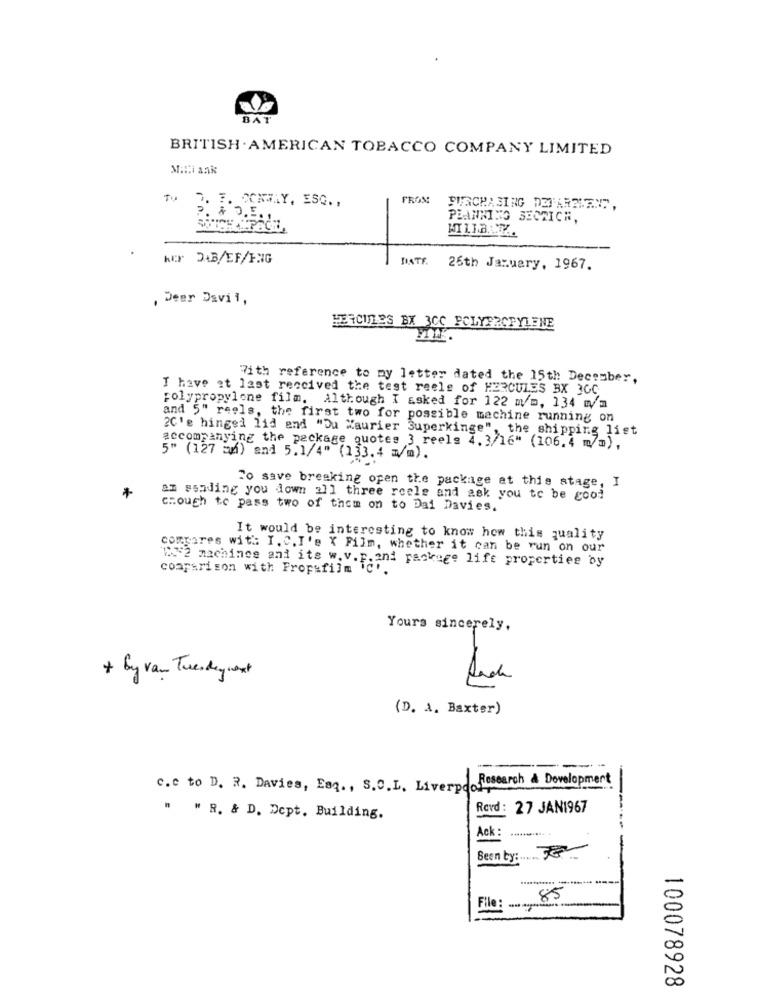
BAT
BRITISH . AMERICAN TOBACCO COMPANY LIMITED
MaIl ank
TU
2. F. XOKTAY, ESQ .,
FROM
PURCHASING DEPARTMENT,
P. & O.E.
PLANNING SECRICH,
KEP DAB/EF/FNG
DATE. 25th January, 1967.
, Deer Davil,
HERCILES BX 3CC POLYPROPYLENE
With reference to my letter dated the 15th December,
I have at last reccived the test reele of HERCULES BX 3GC
polypropylene film. Although I asked for 122 m/m, 134 m/m
and 5" reels, the first two for possible machine running on
20'e hinged lid end "Du Maurier Superkinge", the shipping list
accompanying the package quotes 3 reels 4.3/16" (106.4 m/m),
5" (127 auf) and 5.1/4" (133.4 mm).
To save breaking open the package at this stage, I
+
am sending you down 211 three roele and ask you to be good
crough to pass two of them on to Dai Davies.
It would be interesting to know how this quality
compares with I. C.I'e X Film, whether it can be run on our
comparison with Prometidofait- Face lift properties by
212 machines and its w.v.F .?
Yours sincerely.
+ By van Tuesdaywant
: 31
(D. A. Baxter)
----
Research & Development
c.c to D. R. Davies, Esq. , S.O.L. Liverpool
Rovd: 27 JAN1967
" " R. & D. Dept. Building.
Ack :
-----
Been ty: 3
85
-
File
100078928